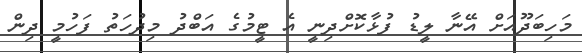
މަހިބަދޫއަށް އޭނާ ލީޑު ފުޅާކޮށްދިނީ އެ ޓީމުގެ އަބްދު މިދުހަތު ފަހުމީ ދިން